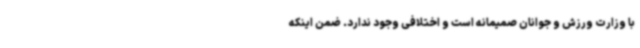
با وزارت ورزش و جوانان صمیمانه است و اختلافی وجود ندارد. ضمن اینکه